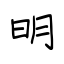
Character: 明